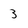
Character: 3